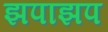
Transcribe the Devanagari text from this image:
झपाझप